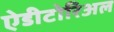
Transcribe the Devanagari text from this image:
ऐडीटोरिअल